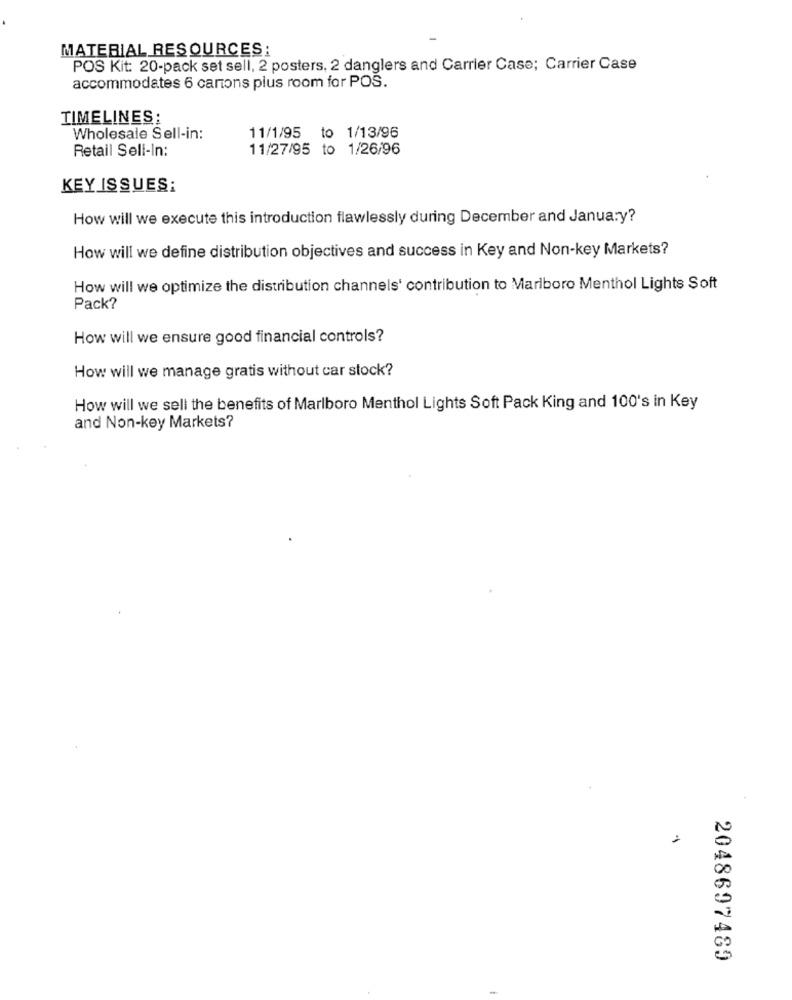
MATERIAL RESOURCES:
POS Kit: 20-pack set sell, 2 posters, 2 danglers and Carrier Case; Carrier Case
accommodates 6 cartons plus room for POS.
TIMELINES:
Wholesale Sell-in:
11/1/95 to 1/13/96
Retail Sell-In:
11/27/95 to 1/26/96
KEY ISSUES:
How will we execute this introduction flawlessly during December and January?
How will we define distribution objectives and success in Key and Non-key Markets?
How will we optimize the distribution channels' contribution to Marlboro Menthol Lights Soft
Pack?
How will we ensure good financial controls?
How will we manage gratis without car stock?
How will we sell the benefits of Marlboro Menthol Lights Soft Pack King and 100's in Key
and Non-key Markets?
2048697489